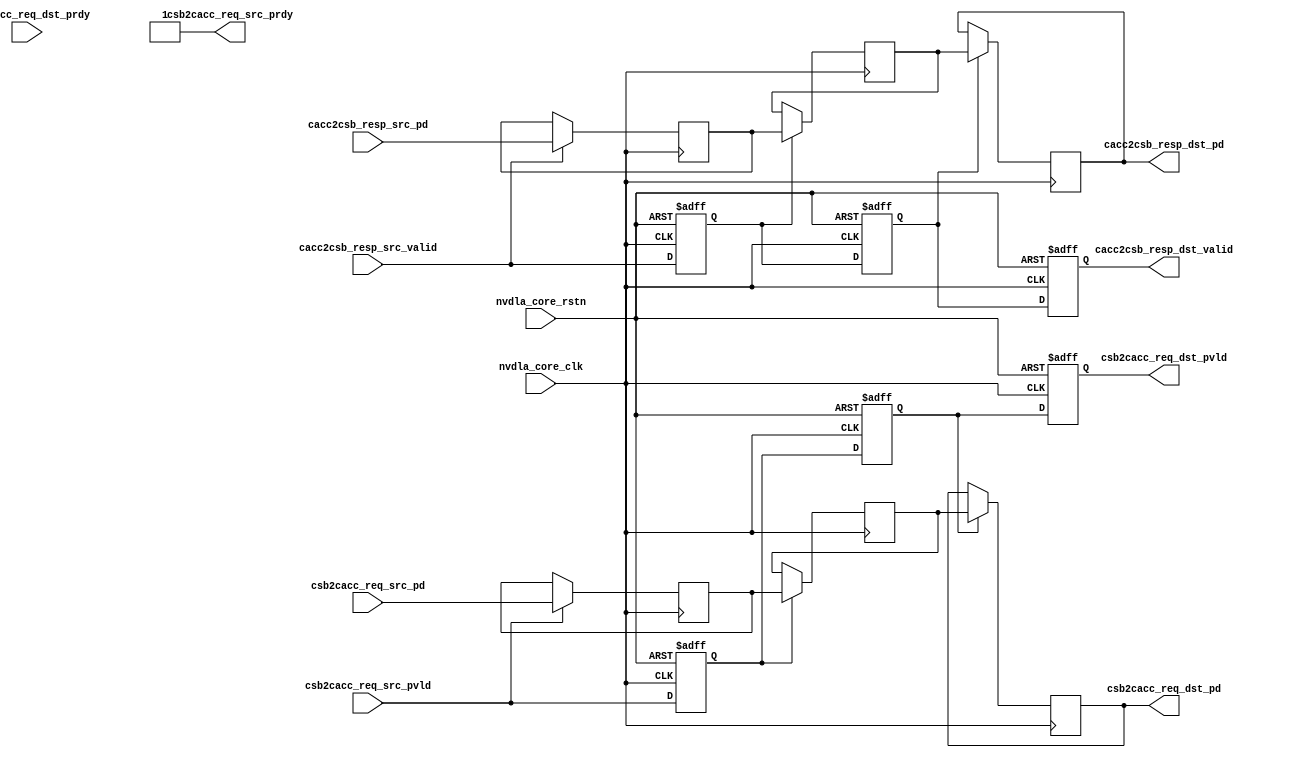
// ================================================================
// NVDLA Open Source Project
// 
// Copyright(c) 2016 - 2017 NVIDIA Corporation.  Licensed under the
// NVDLA Open Hardware License; Check "LICENSE" which comes with 
// this distribution for more information.
// ================================================================


module NV_NVDLA_RT_csb2cacc (
   nvdla_core_clk
  ,nvdla_core_rstn
  ,csb2cacc_req_src_pvld
  ,csb2cacc_req_src_prdy
  ,csb2cacc_req_src_pd
  ,cacc2csb_resp_src_valid
  ,cacc2csb_resp_src_pd
  ,csb2cacc_req_dst_pvld
  ,csb2cacc_req_dst_prdy
  ,csb2cacc_req_dst_pd
  ,cacc2csb_resp_dst_valid
  ,cacc2csb_resp_dst_pd
  );

//
// NV_NVDLA_RT_csb2cacc_ports.v
// DO NOT EDIT, generated by ness version 2.0, backend=verilog
//
// Command: /home/ip/shared/inf/ness/2.0/38823533/bin/run_ispec_backend verilog nvdla_all.nessdb defs.touch-verilog -backend_opt '--nogenerate_io_capture' -backend_opt '--generate_ports'
input  nvdla_core_clk;
input  nvdla_core_rstn;

//<-- csb2cacc_req_src clk=nvdla_core_clk flow=req_busy baseflow=pvld_prdy req=csb2cacc_req_src_pvld busy=!csb2cacc_req_src_prdy ctype=NV_MSDEC_csb2xx_16m_be_lvl_t c_hdr=NV_MSDEC_csb2xx_16m_be_lvl_iface.h
input         csb2cacc_req_src_pvld;  /* data valid */
output        csb2cacc_req_src_prdy;  /* data return handshake */
input  [62:0] csb2cacc_req_src_pd;

//<-- cacc2csb_resp_src clk=nvdla_core_clk flow=req_only req=cacc2csb_resp_src_valid ctype=nvdla_xx2csb_resp_t c_hdr=nvdla_xx2csb_resp_iface.h
input        cacc2csb_resp_src_valid;  /* data valid */
input [33:0] cacc2csb_resp_src_pd;     /* pkt_id_width=1 pkt_widths=33,33  */

output        csb2cacc_req_dst_pvld;  /* data valid */
input         csb2cacc_req_dst_prdy;  /* data return handshake */
output [62:0] csb2cacc_req_dst_pd;

output        cacc2csb_resp_dst_valid;  /* data valid */
output [33:0] cacc2csb_resp_dst_pd;     /* pkt_id_width=1 pkt_widths=33,33  */

wire [33:0] cacc2csb_resp_pd_d0;
wire        cacc2csb_resp_valid_d0;
wire [62:0] csb2cacc_req_pd_d0;
wire        csb2cacc_req_pvld_d0;
reg  [33:0] cacc2csb_resp_pd_d1;
reg  [33:0] cacc2csb_resp_pd_d2;
reg  [33:0] cacc2csb_resp_pd_d3;
reg         cacc2csb_resp_valid_d1;
reg         cacc2csb_resp_valid_d2;
reg         cacc2csb_resp_valid_d3;
reg  [62:0] csb2cacc_req_pd_d1;
reg  [62:0] csb2cacc_req_pd_d2;
reg  [62:0] csb2cacc_req_pd_d3;
reg         csb2cacc_req_pvld_d1;
reg         csb2cacc_req_pvld_d2;
reg         csb2cacc_req_pvld_d3;


assign csb2cacc_req_src_prdy = 1'b1;




assign csb2cacc_req_pvld_d0 = csb2cacc_req_src_pvld;
assign csb2cacc_req_pd_d0 = csb2cacc_req_src_pd;


assign cacc2csb_resp_valid_d0 = cacc2csb_resp_src_valid;
assign cacc2csb_resp_pd_d0 = cacc2csb_resp_src_pd;




always @(posedge nvdla_core_clk or negedge nvdla_core_rstn) begin
  if (!nvdla_core_rstn) begin
    csb2cacc_req_pvld_d1 <= 1'b0;
  end else begin
  csb2cacc_req_pvld_d1 <= csb2cacc_req_pvld_d0;
  end
end
always @(posedge nvdla_core_clk) begin
  if ((csb2cacc_req_pvld_d0) == 1'b1) begin
    csb2cacc_req_pd_d1 <= csb2cacc_req_pd_d0;
  // VCS coverage off
  end else if ((csb2cacc_req_pvld_d0) == 1'b0) begin
  end else begin
    csb2cacc_req_pd_d1 <= 'bx;  // spyglass disable STARC-2.10.1.6 W443 NoWidthInBasedNum-ML -- (Constant containing x or z used, Based number `bx contains an X, Width specification missing for based number)
  // VCS coverage on
  end
end


always @(posedge nvdla_core_clk or negedge nvdla_core_rstn) begin
  if (!nvdla_core_rstn) begin
    cacc2csb_resp_valid_d1 <= 1'b0;
  end else begin
  cacc2csb_resp_valid_d1 <= cacc2csb_resp_valid_d0;
  end
end
always @(posedge nvdla_core_clk) begin
  if ((cacc2csb_resp_valid_d0) == 1'b1) begin
    cacc2csb_resp_pd_d1 <= cacc2csb_resp_pd_d0;
  // VCS coverage off
  end else if ((cacc2csb_resp_valid_d0) == 1'b0) begin
  end else begin
    cacc2csb_resp_pd_d1 <= 'bx;  // spyglass disable STARC-2.10.1.6 W443 NoWidthInBasedNum-ML -- (Constant containing x or z used, Based number `bx contains an X, Width specification missing for based number)
  // VCS coverage on
  end
end


always @(posedge nvdla_core_clk or negedge nvdla_core_rstn) begin
  if (!nvdla_core_rstn) begin
    csb2cacc_req_pvld_d2 <= 1'b0;
  end else begin
  csb2cacc_req_pvld_d2 <= csb2cacc_req_pvld_d1;
  end
end
always @(posedge nvdla_core_clk) begin
  if ((csb2cacc_req_pvld_d1) == 1'b1) begin
    csb2cacc_req_pd_d2 <= csb2cacc_req_pd_d1;
  // VCS coverage off
  end else if ((csb2cacc_req_pvld_d1) == 1'b0) begin
  end else begin
    csb2cacc_req_pd_d2 <= 'bx;  // spyglass disable STARC-2.10.1.6 W443 NoWidthInBasedNum-ML -- (Constant containing x or z used, Based number `bx contains an X, Width specification missing for based number)
  // VCS coverage on
  end
end


always @(posedge nvdla_core_clk or negedge nvdla_core_rstn) begin
  if (!nvdla_core_rstn) begin
    cacc2csb_resp_valid_d2 <= 1'b0;
  end else begin
  cacc2csb_resp_valid_d2 <= cacc2csb_resp_valid_d1;
  end
end
always @(posedge nvdla_core_clk) begin
  if ((cacc2csb_resp_valid_d1) == 1'b1) begin
    cacc2csb_resp_pd_d2 <= cacc2csb_resp_pd_d1;
  // VCS coverage off
  end else if ((cacc2csb_resp_valid_d1) == 1'b0) begin
  end else begin
    cacc2csb_resp_pd_d2 <= 'bx;  // spyglass disable STARC-2.10.1.6 W443 NoWidthInBasedNum-ML -- (Constant containing x or z used, Based number `bx contains an X, Width specification missing for based number)
  // VCS coverage on
  end
end


always @(posedge nvdla_core_clk or negedge nvdla_core_rstn) begin
  if (!nvdla_core_rstn) begin
    csb2cacc_req_pvld_d3 <= 1'b0;
  end else begin
  csb2cacc_req_pvld_d3 <= csb2cacc_req_pvld_d2;
  end
end
always @(posedge nvdla_core_clk) begin
  if ((csb2cacc_req_pvld_d2) == 1'b1) begin
    csb2cacc_req_pd_d3 <= csb2cacc_req_pd_d2;
  // VCS coverage off
  end else if ((csb2cacc_req_pvld_d2) == 1'b0) begin
  end else begin
    csb2cacc_req_pd_d3 <= 'bx;  // spyglass disable STARC-2.10.1.6 W443 NoWidthInBasedNum-ML -- (Constant containing x or z used, Based number `bx contains an X, Width specification missing for based number)
  // VCS coverage on
  end
end


always @(posedge nvdla_core_clk or negedge nvdla_core_rstn) begin
  if (!nvdla_core_rstn) begin
    cacc2csb_resp_valid_d3 <= 1'b0;
  end else begin
  cacc2csb_resp_valid_d3 <= cacc2csb_resp_valid_d2;
  end
end
always @(posedge nvdla_core_clk) begin
  if ((cacc2csb_resp_valid_d2) == 1'b1) begin
    cacc2csb_resp_pd_d3 <= cacc2csb_resp_pd_d2;
  // VCS coverage off
  end else if ((cacc2csb_resp_valid_d2) == 1'b0) begin
  end else begin
    cacc2csb_resp_pd_d3 <= 'bx;  // spyglass disable STARC-2.10.1.6 W443 NoWidthInBasedNum-ML -- (Constant containing x or z used, Based number `bx contains an X, Width specification missing for based number)
  // VCS coverage on
  end
end




assign csb2cacc_req_dst_pvld = csb2cacc_req_pvld_d3;
assign csb2cacc_req_dst_pd = csb2cacc_req_pd_d3;


assign cacc2csb_resp_dst_valid = cacc2csb_resp_valid_d3;
assign cacc2csb_resp_dst_pd = cacc2csb_resp_pd_d3;





endmodule // NV_NVDLA_RT_csb2cacc